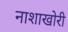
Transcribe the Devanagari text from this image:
नाशाखोरी